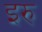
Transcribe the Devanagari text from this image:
इरु